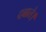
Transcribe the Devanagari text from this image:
दबाते।